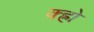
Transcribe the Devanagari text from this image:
क्ह्रो